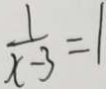
\frac { 1 } { x - 3 } = 1